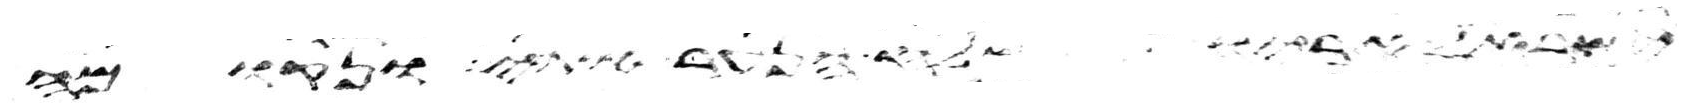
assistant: ישראל אביו שלח הנער אתי ונקומה